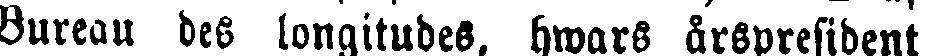
Bureau des longitudes, hwars årspresident